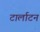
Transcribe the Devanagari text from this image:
टार्लाटन